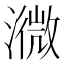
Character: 㵟